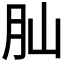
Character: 𦘹